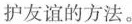
护友谊的方法。